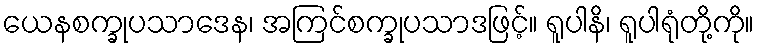
ယေနစက္ခုပသာဒေန၊ အကြင်စက္ခုပသာဒဖြင့်။ ရူပါနိ၊ ရူပါရုံတို့ကို။